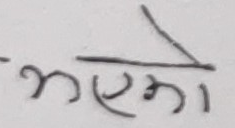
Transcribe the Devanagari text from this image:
भएको